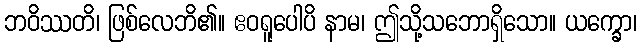
ဘဝိဿတိ၊ ဖြစ်လေဘိ၏။ ဧဝရူပေါပိ နာမ၊ ဤသို့သဘောရှိသော။ ယက္ခော၊